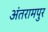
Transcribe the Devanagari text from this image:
अंतरामपुर